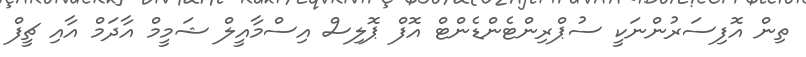
ތިން އޮފިސަރުންނަކީ ސުޕްރިންޓެންޑެންޓް އޮފް ޕޮލިސް އިސްމާއީލް ޝަމީމް އާދަމް އާއި ޗީފް